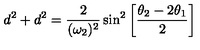
d ^ { 2 } + d ^ { 2 } = { \frac { 2 } { ( \omega _ { 2 } ) ^ { 2 } } } \sin ^ { 2 } \left[ { \frac { \theta _ { 2 } - 2 \theta _ { 1 } } { 2 } } \right]